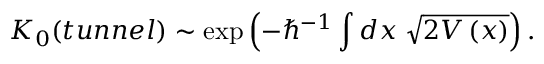
K _ { 0 } ( t u n n e l ) \sim \mathrm { e x p } \left( - \hbar ^ { - 1 } \int d x \; \sqrt { 2 V \left( x \right) } \right) .